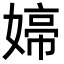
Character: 𭒑